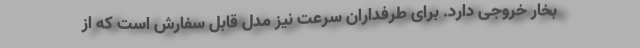
بخار خروجی دارد. برای طرفداران سرعت نیز مدل قابل سفارش است که از